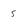
Character: 5